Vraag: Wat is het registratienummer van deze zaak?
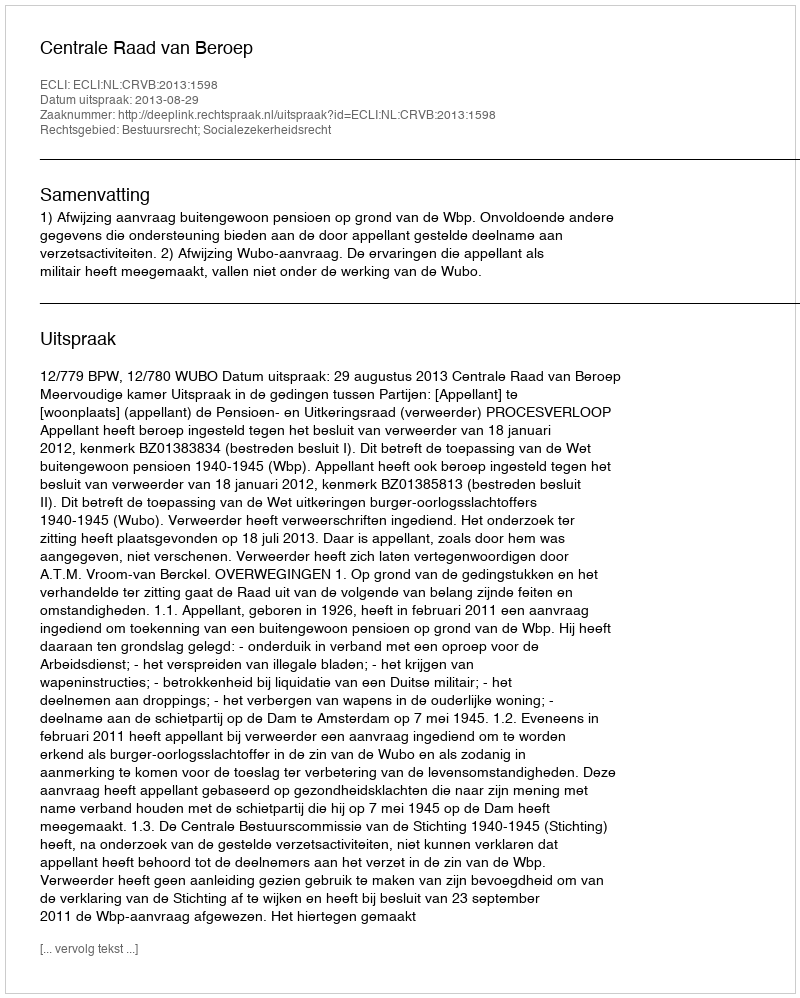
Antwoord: http://deeplink.rechtspraak.nl/uitspraak?id=ECLI:NL:CRVB:2013:1598